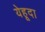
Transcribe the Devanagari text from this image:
येहूदा